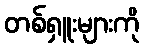
တစ်ရှူးများကို